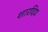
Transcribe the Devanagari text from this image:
शारदिय